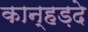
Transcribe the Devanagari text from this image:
कान्हड़दे